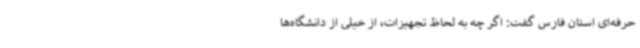
حرفه‌ای استان فارس گفت: اگر چه به لحاظ تجهیزات، از خیلی از دانشگاه‌ها